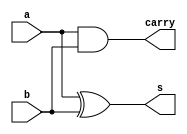
// -------------------------
// Exemplo0032  
// Patrick Flvio Teixeira Coura
// ------------------------- 
 
// ------------------------- 
//  halfAdder 
// ------------------------- 
module halfAdder (output s, output carry, 
                               input a,  
                               input b);
xor(s,a,b);
and(carry,a,b);

// EXPERIMENTAR
xor XOR1 (s,a,b);
and AND1 (carry,a,b);

endmodule // halfAdder
 
// ------------------------- 
//  fullAdder 
// ------------------------- 
module fullAdder (output s, output carry, 
										input carryIn,
                               input a,  
                               input b); 
wire [5:0] soma;										 
xor(soma[0],a,b);
xor(s,soma[0],carryIn);

and(soma[1],a,b);
and(soma[2],b,carryIn);
and(soma[3],a, carryIn);
or(soma[4],soma[1],soma[2]);
or(carry,soma[3],soma[4]);

endmodule // fullAdder


// ------------------------- 
//  comp2 
// ------------------------- 
module comp2 (output [5:0]s, input[5:0] a); 

wire val1;
wire aux[5:0];
wire carry[5:0];

not(aux[0],a[0]);
not(aux[1],a[1]);
not(aux[2],a[2]);
not(aux[3],a[3]);
not(aux[4],a[4]);
not(aux[5],a[5]);
or (val1, a[0],aux[0]);

halfAdder hA1 (s[0], carry[0], aux[0], val1);
halfAdder hA2 (s[1], carry[1], aux[1], carry[0]);
halfAdder hA3 (s[2], carry[2], aux[2], carry[1]);
halfAdder hA4 (s[3], carry[3], aux[3], carry[2]);
halfAdder hA5 (s[4], carry[4], aux[4], carry[3]);
halfAdder hA6 (s[5], carry[5], aux[5], carry[4]);

endmodule //comp2

// ------------------------- 
//  alu 
// ------------------------- 
module alu (output [5:0]s, input[5:0] a, input[5:0]b, input key); 
//----soma
wire [5:0] auxsoma;
wire [5:0] soma;
wire [5:0] carryOut;
wire nkey;
wire [5:0] dec;

dec1 decremento1(dec,a);
halfAdder halfAdder1(auxsoma[0], carryOut[0], dec[0],b[0]);
fullAdder fullAdder1(auxsoma[1], carryOut[1], carryOut[0], dec[1],b[1]);
fullAdder fullAdder2(auxsoma[2], carryOut[2], carryOut[1], dec[2],b[2]);
fullAdder fullAdder3(auxsoma[3], carryOut[3], carryOut[2], dec[3],b[3]);
fullAdder fullAdder4(auxsoma[4], carryOut[4], carryOut[3], dec[4],b[4]);
fullAdder fullAdder5(auxsoma[5], carryOut[5], carryOut[4], dec[5],b[5]);

not (nkey, key);
and(soma[0],auxsoma[0],nkey);
and(soma[1],auxsoma[1],nkey);
and(soma[2],auxsoma[2],nkey);
and(soma[3],auxsoma[3],nkey);
and(soma[4],auxsoma[4],nkey);
and(soma[5],auxsoma[5],nkey);

//----subtracao

wire [5:0] sub;
wire [5:0] auxsub;
wire [5:0] carryOut2;
wire [5:0] b2;
comp2 comp21(b2, b);
halfAdder halfAdder2(auxsub[0], carryOut2[0], a[0],b2[0]);
fullAdder fullAdder6(auxsub[1], carryOut2[1], carryOut2[0], a[1],b2[1]);
fullAdder fullAdder7(auxsub[2], carryOut2[2], carryOut2[1], a[2],b2[2]);
fullAdder fullAdder8(auxsub[3], carryOut2[3], carryOut2[2], a[3],b2[3]);
fullAdder fullAdder9(auxsub[4], carryOut2[4], carryOut2[3], a[4],b2[4]);
fullAdder fullAdder10(auxsub[5], carryOut2[5], carryOut2[4], a[5],b2[5]);

and(sub[0],auxsub[0],key);
and(sub[1],auxsub[1],key);
and(sub[2],auxsub[2],key);
and(sub[3],auxsub[3],key);
and(sub[4],auxsub[4],key);
and(sub[5],auxsub[5],key);

or (s[0],soma[0],sub[0]);
or (s[1],soma[1],sub[1]);
or (s[2],soma[2],sub[2]);
or (s[3],soma[3],sub[3]);
or (s[4],soma[4],sub[4]);
or (s[5],soma[5],sub[5]);
endmodule //alu

module igual0 (output s, input [5:0]a);

wire aux[4:0];
or (aux[0],a[0],a[1]);
or (aux[1],a[2],a[3]);
or (aux[2],a[4],a[5]);
or (aux[3],aux[0],aux[1]);
or (aux[4],aux[2],aux[3]);
not (s, aux[4]);
endmodule //igual0


module inc1(output [5:0]s, input[5:0]a);
wire notA;
wire inc;
wire [5:0]carry;
not (notA, a[0]);
or (inc, a[0], notA);
halfAdder halfAdder1 (s[0], carry[0], a[0],inc);
halfAdder halfAdder2 (s[1], carry[1], a[1],carry[0]);
halfAdder halfAdder3 (s[2], carry[2], a[2],carry[1]);
halfAdder halfAdder4 (s[3], carry[3], a[3],carry[2]);
halfAdder halfAdder5 (s[4], carry[4], a[4],carry[3]);
halfAdder halfAdder6 (s[5], carry[5], a[5],carry[4]);
endmodule //inc1

module dec1(output[5:0]s, input[5:0]a);
wire notA;
wire inc;
wire [5:0]carry;
not (notA, a[0]);
or (inc, a[0], notA);
halfAdder halfAdder1 (s[0], carry[0], a[0],inc);
fullAdder fullAdder2 (s[1], carry[1], a[1], inc, carry[0]);
fullAdder fullAdder3 (s[2], carry[2], a[2], inc, carry[1]);
fullAdder fullAdder4 (s[3], carry[3], a[3], inc, carry[2]);
fullAdder fullAdder5 (s[4], carry[4], a[4], inc, carry[3]);
fullAdder fullAdder6 (s[5], carry[5], a[5], inc, carry[4]);

endmodule //dec1

module comparadorBit (output [2:0]s, input a, input b);
//s[0] = Menor
//s[1] = Maior
//s[2] = Igual
wire notA;
wire notB;

not (notA, a);
not (notB, b);

xnor (s[0],a,b);
and (s[1],a,notB);
and (s[2],notA,b);
endmodule //comparadorBit

module comparador(output [2:0]s, input[5:0]a, input[5:0]b);

//s[0] = Menor
//s[1] = Maior
//s[2] = Igual

wire [2:0] comp1;
wire [2:0] comp2;
wire [2:0] comp3;
wire [2:0] comp4;
wire [2:0] comp5;
wire [2:0] comp6;
wire [17:0] aux;
wire [1:0] n;

comparadorBit c1(comp1,a[0],b[0]);
comparadorBit c2(comp2,a[1],b[1]);
comparadorBit c3(comp3,a[2],b[2]);
comparadorBit c4(comp4,a[3],b[3]);
comparadorBit c5(comp5,a[4],b[4]);
comparadorBit c6(comp6,a[5],b[5]);

and (aux[0],comp1[0],comp2[0]);
and (aux[1],comp3[0],comp4[0]);
and (aux[2],comp5[0],comp6[0]);
and (aux[3],comp1[0],comp2[0]);
and (aux[4],comp3[0],comp4[0]);
and (aux[5],comp1[0],comp2[1]);

and (aux[6],aux[3],comp3[1]);
and (aux[7],aux[3],comp3[0]);
and (aux[8],aux[3],aux[4]);
and (aux[9],aux[0],aux[1]);
and (aux[10],aux[7],comp4[1]);
and (aux[11],aux[8],comp5[1]);
and (aux[12],aux[8],comp5[0]);
and (aux[13],aux[12],comp6[1]);
and (s[0],aux[9],aux[2]);

or (aux[14],comp1[1],aux[5]);
or (aux[15],aux[6],aux[10]);
or (aux[16],aux[11],aux[13]);
or (aux[17],aux[14],aux[15]);
or (s[1],aux[17],aux[16]);

not (n[0], s[0]);
not (n[1], s[1]);
and (s[2],n[0],n[1]);

endmodule //comparador

module test_fullAdder;

//---------------definindo dados
reg [5:0] a;
reg [5:0] b;
wire [2:0] saida;

comparador comparador1(saida, a, b);
 
// ------------------------- parte principal 
 initial begin 
      $display("Exemplo0032 - Patrick Flvio Teixeira Coura - 427450"); 
      $display("Test ALU - INCREMENTO DE 1");
		a=6'b100001;b=6'b100011;
		$display("A        B      MENOR    MAIOR    IGUAL");
		$monitor("%b  %b        %b      %b      %b",a,b,saida[2],saida[1],saida[0]);
		#1 a=6'b100011;b=6'b100011;
		#1 a=6'b111111;b=6'b101011;
		#1 a=6'b100001;b=6'b101011;
		#1 a=6'b100111;b=6'b110011;
		#1 a=6'b111111;b=6'b110000;
								
 
 
 end 
 
endmodule // test_fullAdder